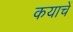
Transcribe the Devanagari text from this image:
कयाचें